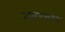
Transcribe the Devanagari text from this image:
उदाहणस्वरूप